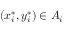
( x _ { i } ^ { * } , y _ { i } ^ { * } ) \in A _ { i }